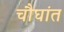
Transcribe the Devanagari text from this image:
चौघांत